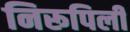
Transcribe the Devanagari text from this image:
निरूपिली